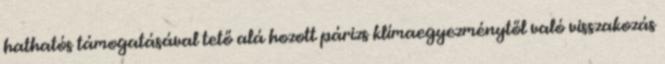
hathatós támogatásával tető alá hozott párizs klímaegyezménytől való visszakozás